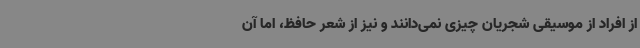
از افراد از موسیقی شجریان چیزی نمی‌دانند و نیز از شعر حافظ، اما آن